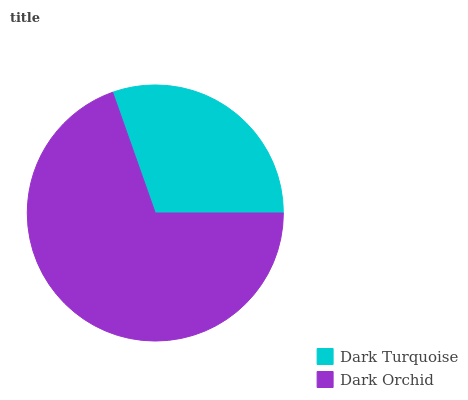
| Dark Turquoise | Dark Orchid |
 | --- | --- |
 | 30.4% | 69.6% |